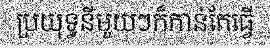
ប្រយុទ្ធនីមួយៗក៏កាន់តែធ្វើ